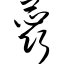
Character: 蕊